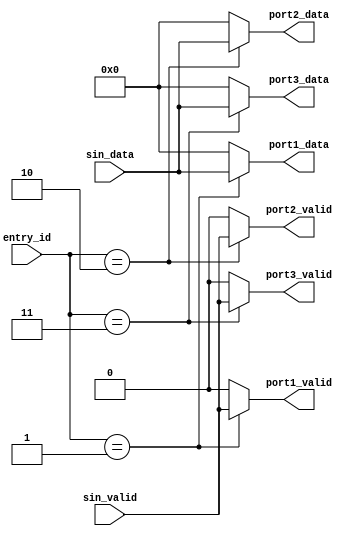
module port_deserializer #(parameter WIDTH=8) (
    input   wire    [WIDTH-1:0]     sin_data,
    input   wire                    sin_valid,
    input   wire    [1:0]           entry_id,

    output  reg    [WIDTH-1:0]     port1_data,
    output  reg                    port1_valid,
    output  reg    [WIDTH-1:0]     port2_data,
    output  reg                    port2_valid,
    output  reg    [WIDTH-1:0]     port3_data,
    output  reg                    port3_valid
);

// playing around with defines
`define PORT_ID_1       1
`define PORT_ID_2       2    
`define PORT_ID_3       3
`define PORT_ID_INVALID 0

always @ (*) begin
    casez (entry_id)
        `PORT_ID_1 : begin
            port1_data  = sin_data;
            port1_valid = sin_valid;
            port2_data  = 0;
            port2_valid = 0;
            port3_data  = 0;
            port3_valid = 0;
        end

        `PORT_ID_2 : begin
            port1_data  = 0;
            port1_valid = 0;
            port2_data  = sin_data;
            port2_valid = sin_valid;
            port3_data  = 0;
            port3_valid = 0;
        end

        `PORT_ID_3 : begin
            port1_data  = 0;
            port1_valid = 0;
            port2_data  = 0;
            port2_valid = 0;
            port3_data  = sin_data;
            port3_valid = sin_valid;
        end

        default: begin
            port1_data  = 0;
            port1_valid = 0;
            port2_data  = 0;
            port2_valid = 0;
            port3_data  = 0;
            port3_valid = 0;
        end
    endcase
end

endmodule